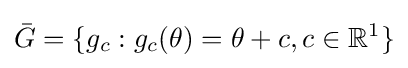
{\bar {G}}=\{g_{c}:g_{c}(\theta )=\theta +c,c\in \mathbb {R} ^{1}\}